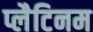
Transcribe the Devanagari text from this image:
प्लैटिनम